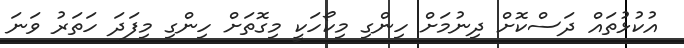
އުކުޅުތައް ދަސްކޮށް ދިނުމަށް ހިންގި މިކޯހަކީ މިގޮތަށް ހިންގި މިފަދަ ހަތަރު ވަނަ